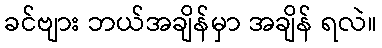
ခင်ဗျား ဘယ်အချိန်မှာ အချိန် ရလဲ။